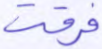
فرقت